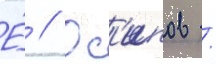
Е́ // Ос'ипов /